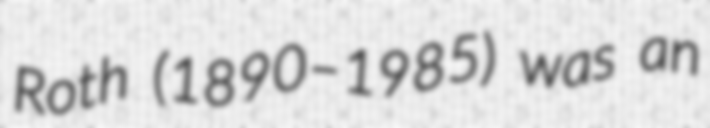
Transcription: Roth (1890–1985) was an